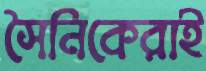
সৈনিকেরাই